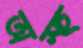
অস্হ